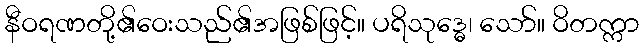
နီဝရဏတို့၏ဝေးသည်၏အဖြစ်ဖြင့်။ ပရိသုဒ္ဓေ၊ သော်။ ဝိတက္ကာ